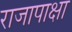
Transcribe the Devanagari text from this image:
राजापाक्षा